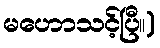
မဟောသင့်ပြီ။)